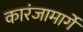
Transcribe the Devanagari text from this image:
कारंजामार्गे